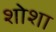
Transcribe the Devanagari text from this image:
शोशा